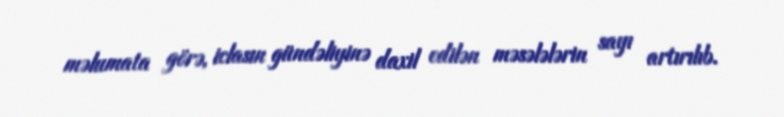
məlumata görə, iclasın gündəliyinə daxil edilən məsələlərin sayı artırılıb.